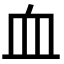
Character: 血